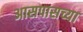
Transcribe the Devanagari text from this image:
अासपासच्या